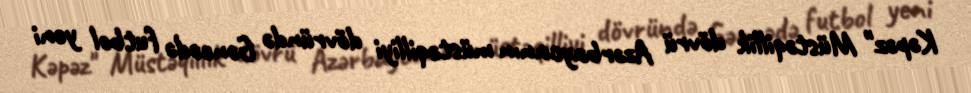
Kəpəz" Müstəqillik dövrü Azərbaycanın müstəqilliyi dövründə Gəncədə futbol yeni